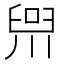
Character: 𪡢